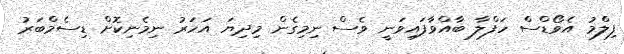
ފިލްމު އެވޯޑްސް ހަފްލާ ބާއްވާފައިވަނީ ވެސް ނިމިގެން މިދިޔަ އަހަރު ނިމެނިކޮށް ޑިސެމްބަރު